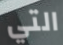
التي